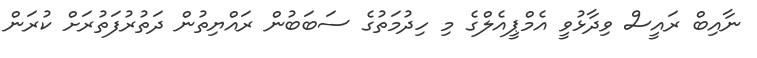
ނާއިބް ރައީސް ވިދާޅުވީ އެމްޕީއެލްގެ މި ހިދުމަތުގެ ސަބަބުން ރައްޔިތުން ދަތުރުފަތުރަށް ކުރަން